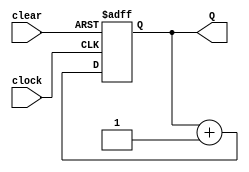
`timescale 1ns / 1ps
//////////////////////////////////////////////////////////////////////////////////
// Company: 
// Engineer: 
// 
// Design Name: 
// Module Name: counter
// Project Name: 
// Target Devices: 
// Tool Versions: 
// Description: 
// 
// Dependencies: 
// 
// Revision:
// Revision 0.01 - File Created
// Additional Comments:
// 
//////////////////////////////////////////////////////////////////////////////////

// 
module counter(Q, clock, clear);

// /
output [3:0] Q;
input clock, clear;
// Q
reg[3:0] Q;

always @(posedge clear or negedge clock)
begin
    if(clear)
        Q <= 4'd0;  // , 
    else
        Q <= Q + 1; // Q, 15, 16
end

endmodule